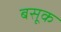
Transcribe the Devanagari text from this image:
बसूक